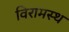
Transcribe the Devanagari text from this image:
विरामस्थ